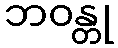
ဘဝန္တု